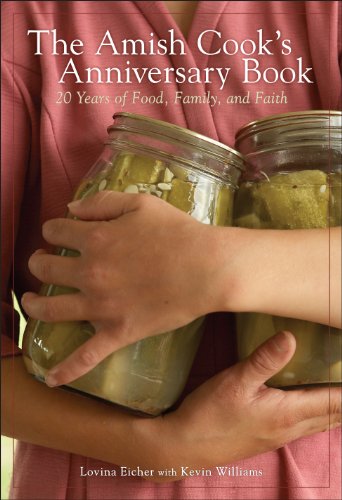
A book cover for The Amish Cook's Anniversary Book: 20 Years of Food, Family, and Faith; Lovina Eicher; Christian Books & Bibles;